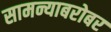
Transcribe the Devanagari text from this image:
सामन्याबरोबर